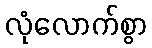
လုံလောက်စွာ